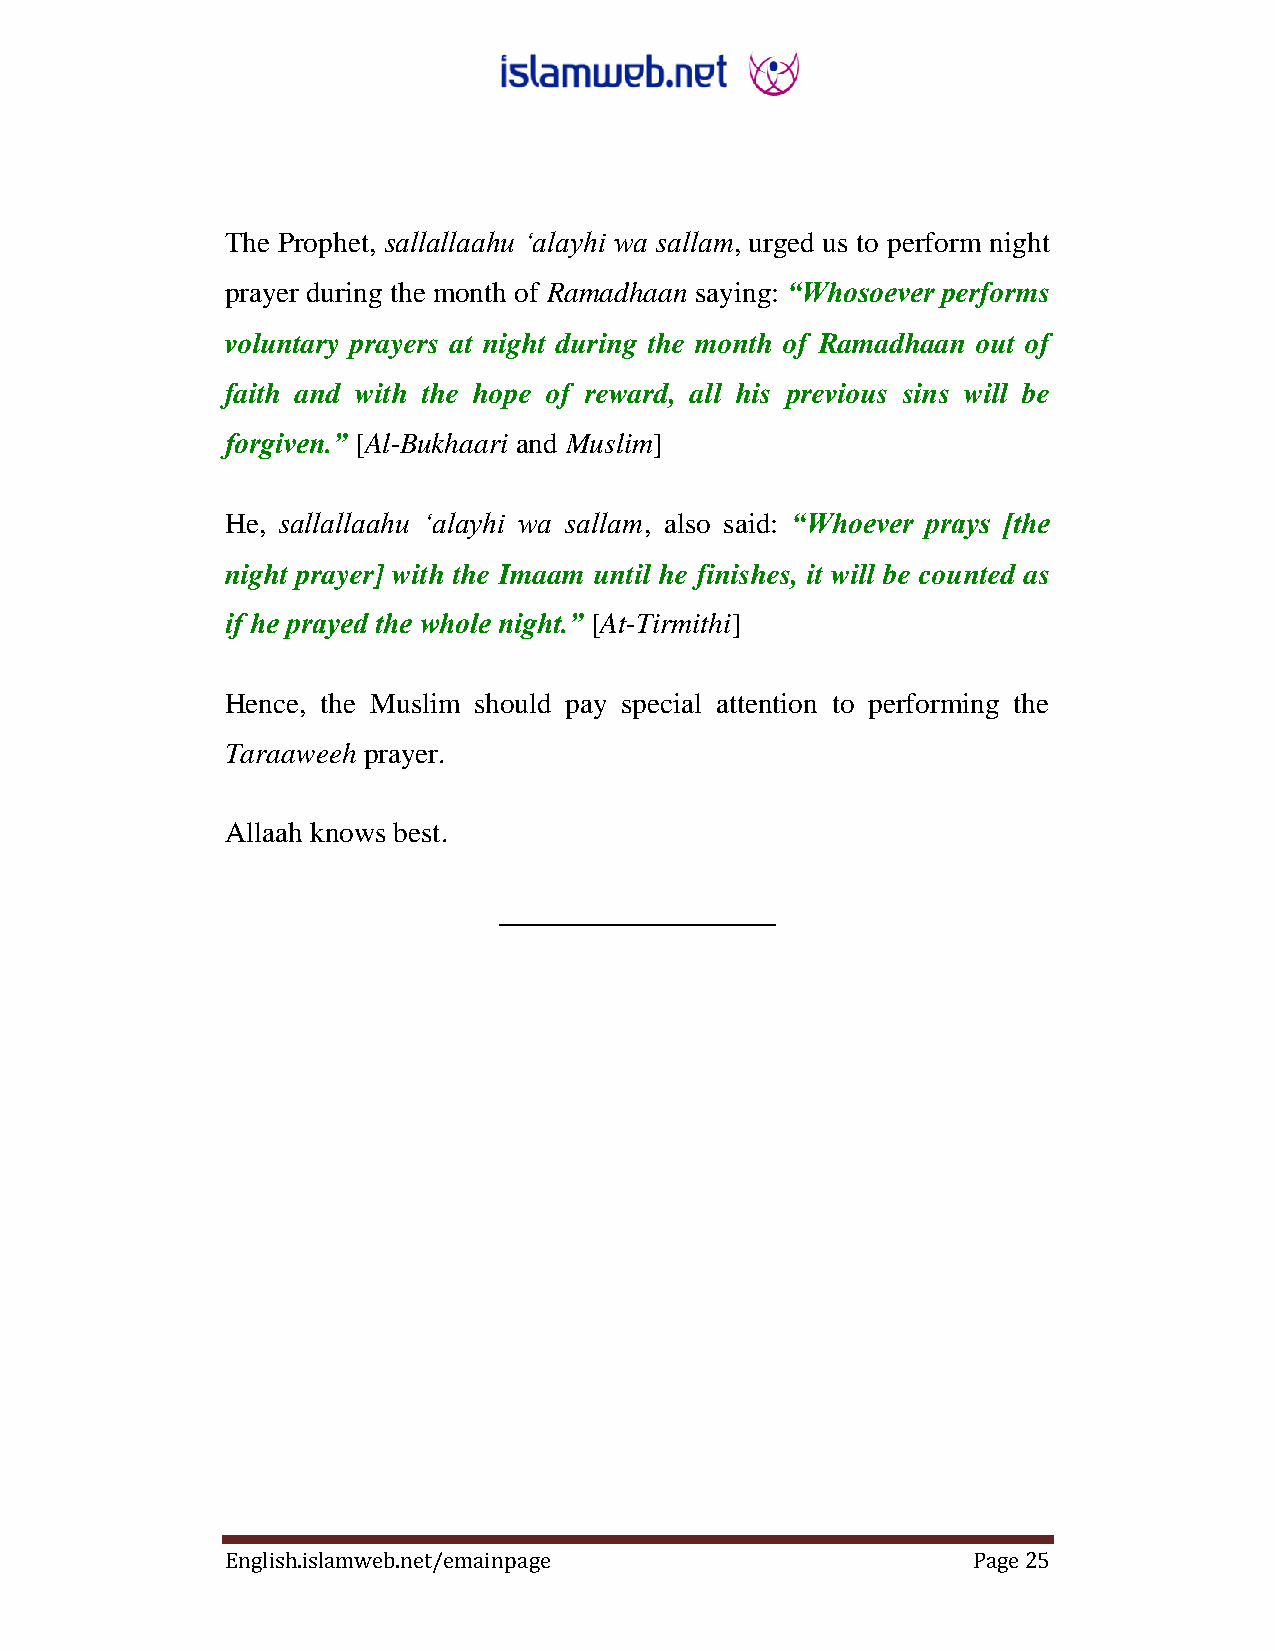
The Prophet, sallallaahu „alayhi wa sallam, urged us to perform night
 prayer during the month of Ramadhaan saying: “Whosoever performs
 voluntary prayers at night during the month of ‎Ramadhaan out of
 faith and with the hope of reward, all his ‎previous sins will be
 ‎forgiven.” [Al-Bukhaari and Muslim]
 He, sallallaahu „alayhi wa sallam, also said: “Whoever prays [the
 night prayer] with the Imaam until he finishes, it will be counted as
 if he prayed the whole night.” [At-Tirmithi]
 Hence, the Muslim should pay special attention to performing the
 Taraaweeh prayer.
 Allaah knows best.
 ___________________
 English.islamweb.net/emainpage                   Page 25